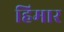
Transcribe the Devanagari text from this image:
हिमार